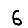
Digit: 6